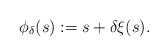
LaTeX: \begin{align*}\phi_{\delta}(s) := s + \delta\xi(s).\end{align*}